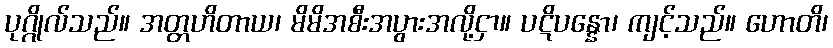
ပုဂ္ဂိုလ်သည်။ အတ္တဟိတာယ၊ မိမိအစီးအပွားအလို့ငှာ။ ပဋိပန္နော၊ ကျင့်သည်။ ဟောတိ၊